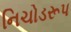
નિચોડરૂપ